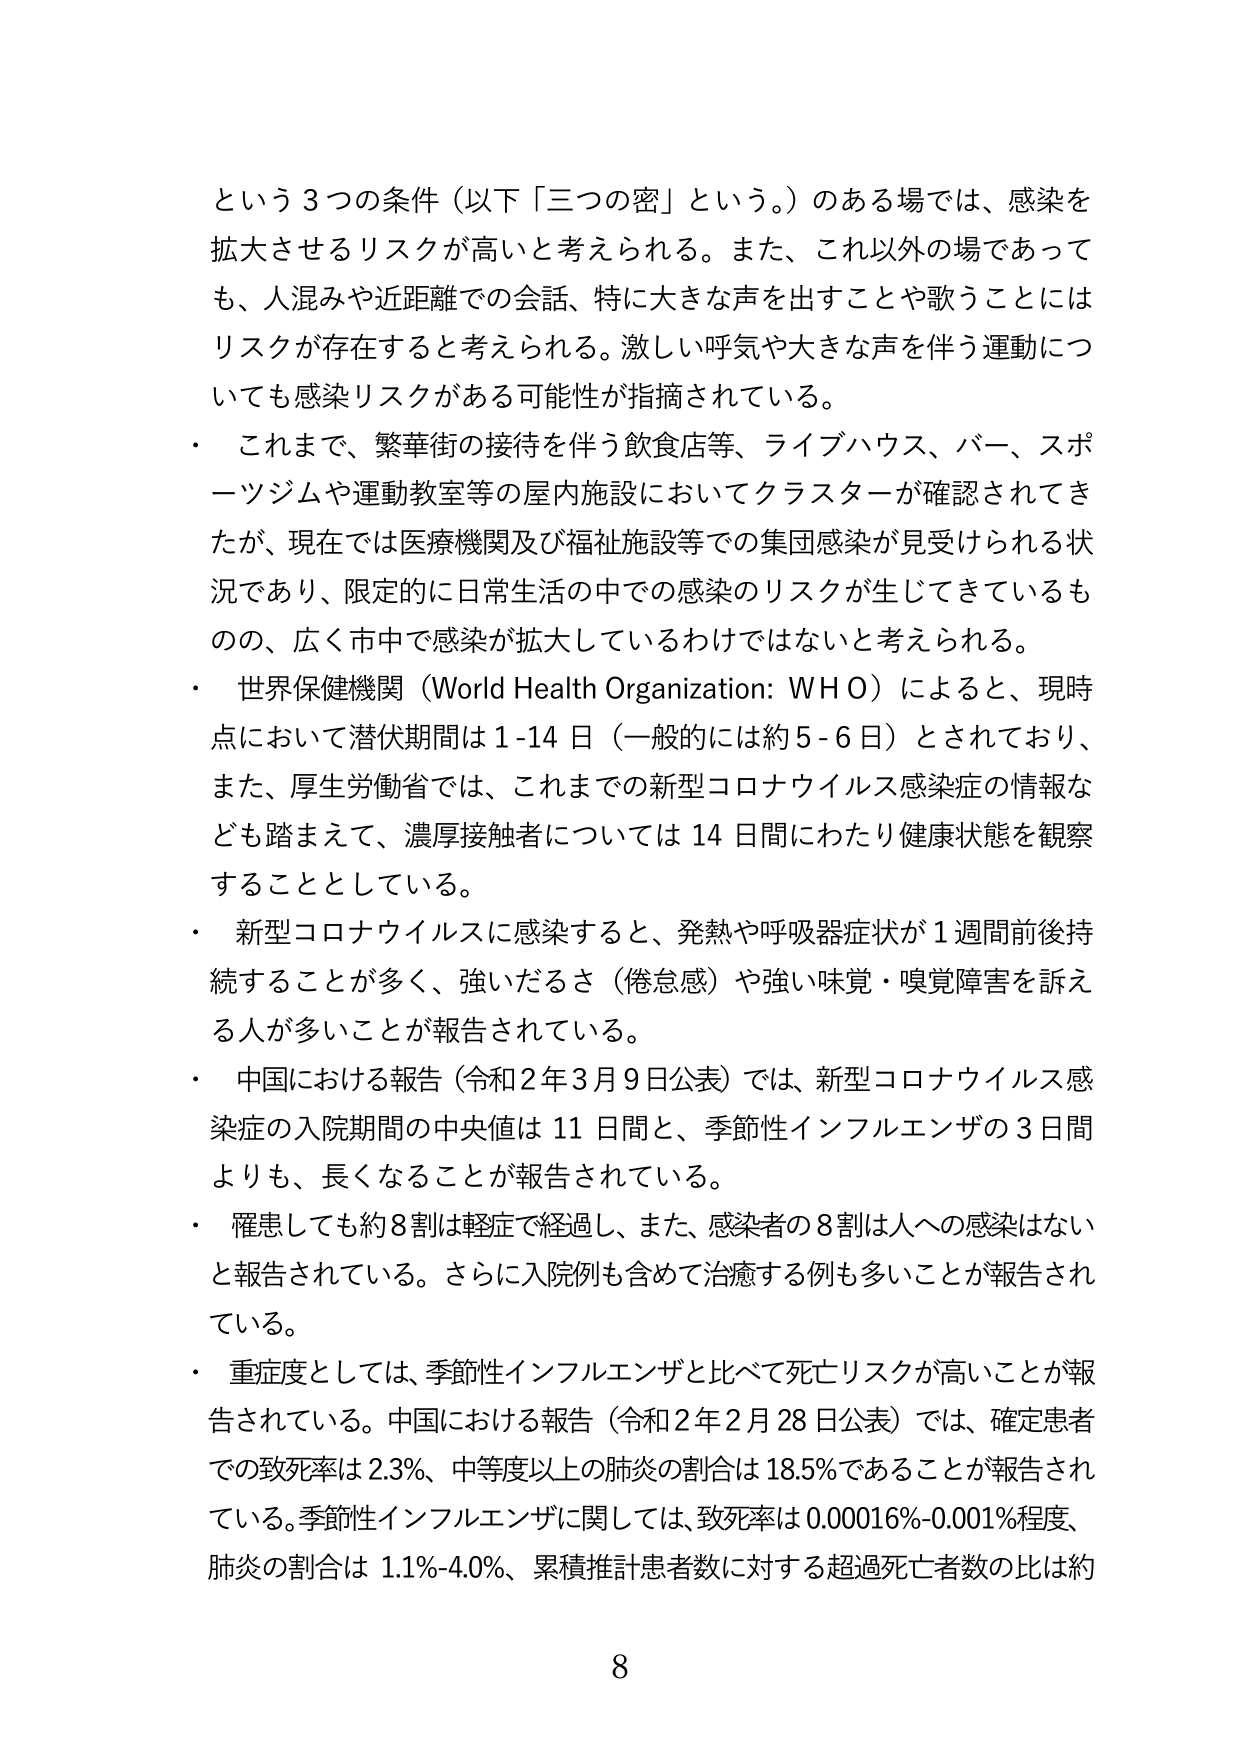
という３つの条件（以下「三つの密」という。）のある場では、感染を拡大させるリスクが高いと考えられる。また、これ以外の場であっても、人混みや近距離での会話、特に大きな声を出すことや歌うことにはリスクが存在すると考えられる。激しい呼気や大きな声を伴う運動についても感染リスクがある可能性が指摘されている。

・ これまで、繁華街の接待を伴う飲食店等、ライブハウス、バー、スポーツジムや運動教室等の屋内施設においてクラスターが確認されてきたが、現在では医療機関及び福祉施設等での集団感染が見受けられる状況であり、限定的に日常生活の中での感染のリスクが生じてきているものの、広く市中で感染が拡大しているわけではないと考えられる。

・ 世界保健機関（World Health Organization: WHO）によると、現時点において潜伏期間は1-14日（一般的には約5-6日）とされており、また、厚生労働省では、これまでの新型コロナウイルス感染症の情報なども踏まえて、濃厚接触者については14日間にわたり健康状態を観察することとしている。

・ 新型コロナウイルスに感染すると、発熱や呼吸器症状が1週間前後持続することが多く、強いだるさ（倦怠感）や強い味覚・嗅覚障害を訴える人が多いことが報告されている。

・ 中国における報告（令和2年3月9日公表）では、新型コロナウイルス感染症の入院期間の中央値は11日間と、季節性インフルエンザの3日間よりも、長くなることが報告されている。

・ 罹患しても約8割は軽症で経過し、また、感染者の8割は人への感染はないと報告されている。さらに入院例も含めて治癒する例も多いことが報告されている。

・ 重症度としては、季節性インフルエンザと比べて死亡リスクが高いことが報告されている。中国における報告（令和2年2月28日公表）では、確定患者での致死率は2.3%、中等度以上の肺炎の割合は18.5%であることが報告されている。季節性インフルエンザに関しては、致死率は0.00016%-0.001%程度、肺炎の割合は1.1%-4.0%、累積推計患者数に対する超過死亡者数の比は約

8